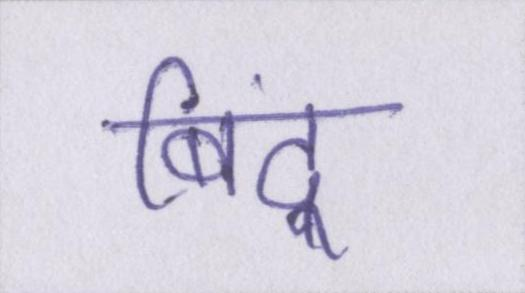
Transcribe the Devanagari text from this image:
बिंदू